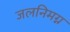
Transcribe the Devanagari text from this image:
जलनिमग्न